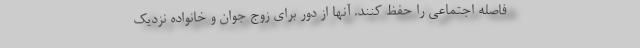
فاصله اجتماعی را حفظ کنند. آنها از دور برای زوج جوان و خانواده نزدیک